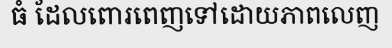
ធំ ដែលពោរពេញទៅដោយភាពលេញ